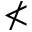
\nless